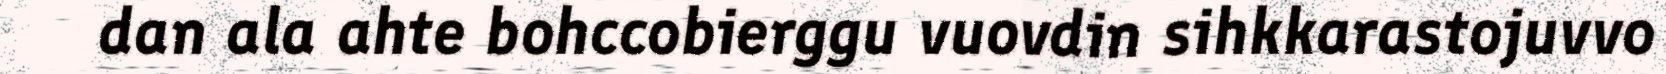
dan ala ahte bohccobierggu vuovdin sihkkarastojuvvo